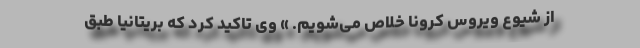
از شیوع ویروس کرونا خلاص می‌شویم. » وی تاکید کرد که بریتانیا طبق